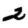
Digit: 2